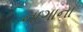
નાગાના